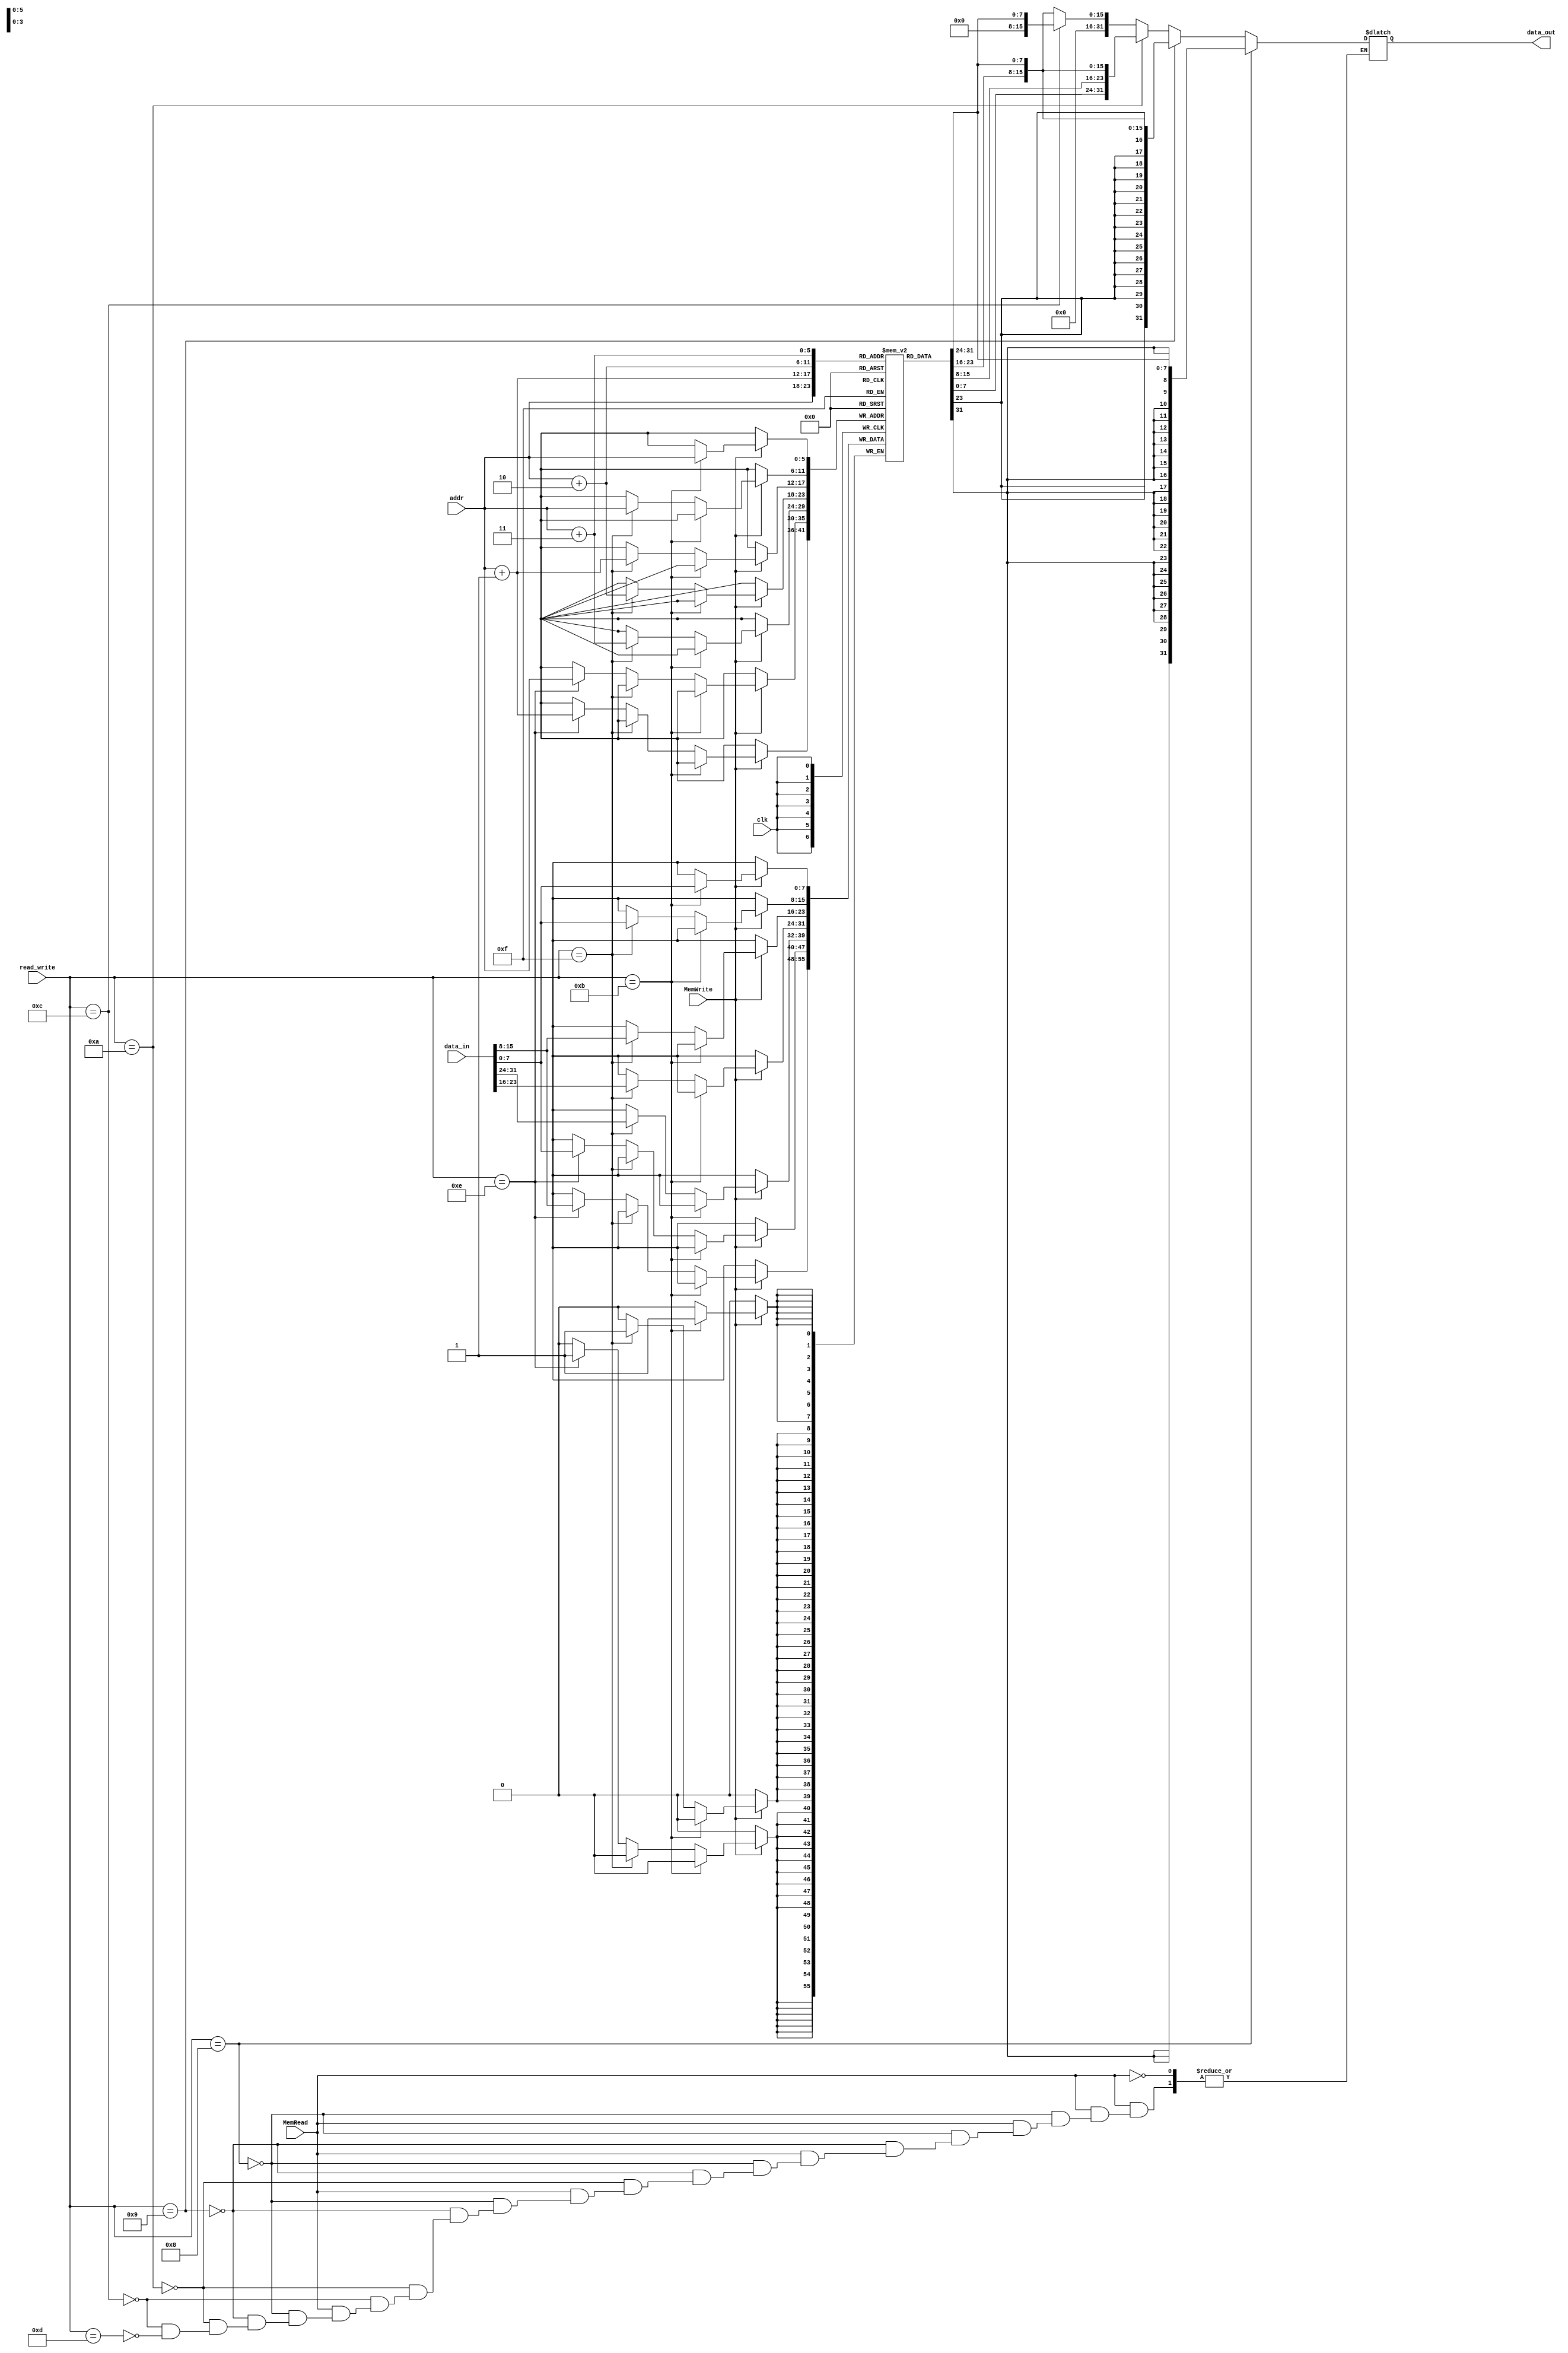
`timescale 1ns / 1ps
//////////////////////////////////////////////////////////////////////////////////
// Company: 
// Engineer: 
// 
// Design Name: 
// Module Name: DataMem
// Project Name: 
// Target Devices: 
// Tool Versions: 
// Description: 
// 
// Dependencies: 
// 
// Revision:
// Revision 0.01 - File Created
// Additional Comments:
// 
//////////////////////////////////////////////////////////////////////////////////


module DataMem
 (input clk, input MemRead, input MemWrite,
 input [5:0] addr, input [31:0] data_in,input [3:0] read_write, output reg [31:0] data_out);
 reg [7:0] mem [0:63];
 initial begin
 {mem[3],mem[2],mem[1],mem[0]}=32'd17;
 mem[5] = 8'd36;
 //mem[7:4]=32'd9;
 //mem[11:8]=32'd6;
 //mem[15:12] = 32'd1;
 end 


 //assign data_out =(MemRead)? mem[addr]:0;//this can't be written inside an always block
 always @(*) begin
 if (MemRead)begin
    if(read_write==4'b1000)//lb
        data_out={{25{mem[addr][7]}},mem[addr][6:0]};
    else if(read_write==4'b1001)//lh
         data_out={{17{mem[addr+1][7]}},mem[addr+1][6:0],mem[addr]};
    else if(read_write==4'b1010)//lw
         data_out={mem[addr+3],mem[addr+2],mem[addr+1],mem[addr]};
    else if(read_write==4'b1100)//lbu
         data_out=mem[addr];
    else if(read_write==4'b1101)//lhu
              data_out={mem[addr+1],mem[addr]};
                  
     
    end
 end
 always @(posedge clk) begin
 if (MemWrite) begin
    if(read_write==4'b1011)//sb
        mem[addr]= data_in;
     else if(read_write==4'b1111)//sw
        {mem[addr+3], mem[addr+2], mem[addr+1], mem[addr]}= data_in;
     else if(read_write==4'b1110)//sh
               {mem[addr+1], mem[addr]}= data_in;
        
    

    end
 end
 
endmodule